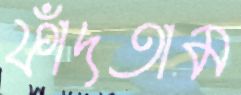
ফাঁদতাম